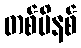
တစ်မိနစ်